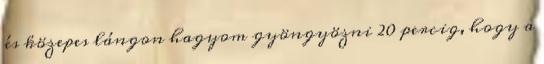
és közepes lángon hagyom gyöngyözni 20 percig, hogy a